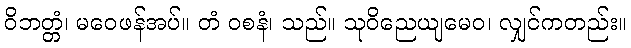
ဝိဘတ္တံ၊ မဝေဖန်အပ်။ တံ ဝစနံ၊ သည်။ သုဝိညေယျမေဝ၊ လျှင်ကတည်း။